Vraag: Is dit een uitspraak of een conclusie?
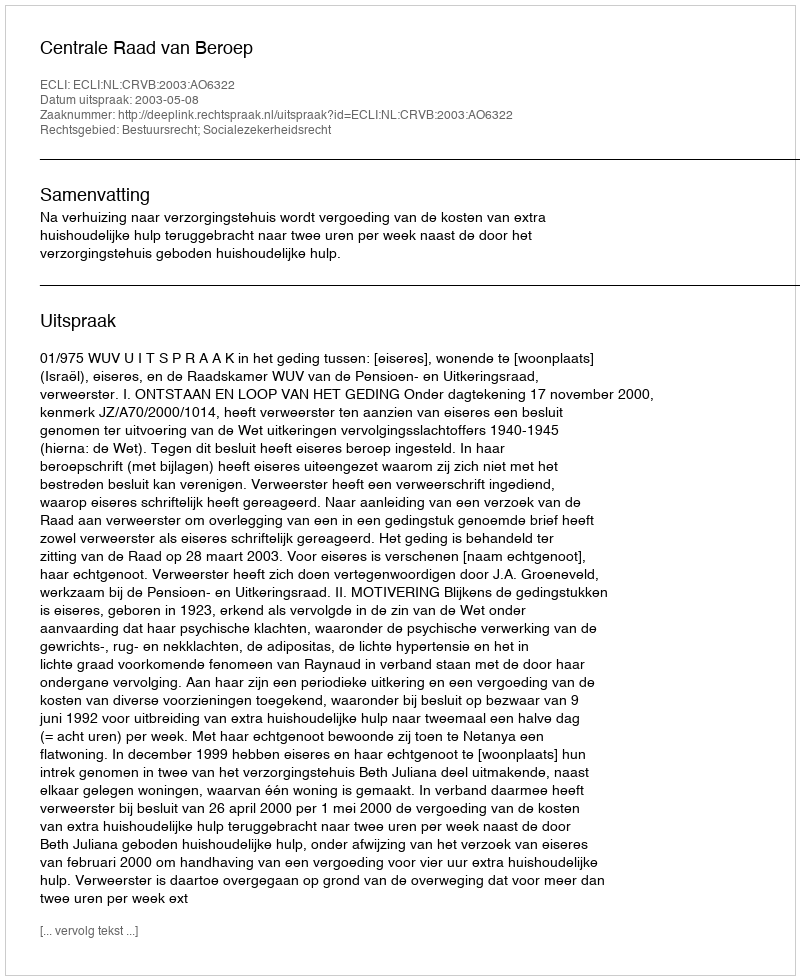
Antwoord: Uitspraak